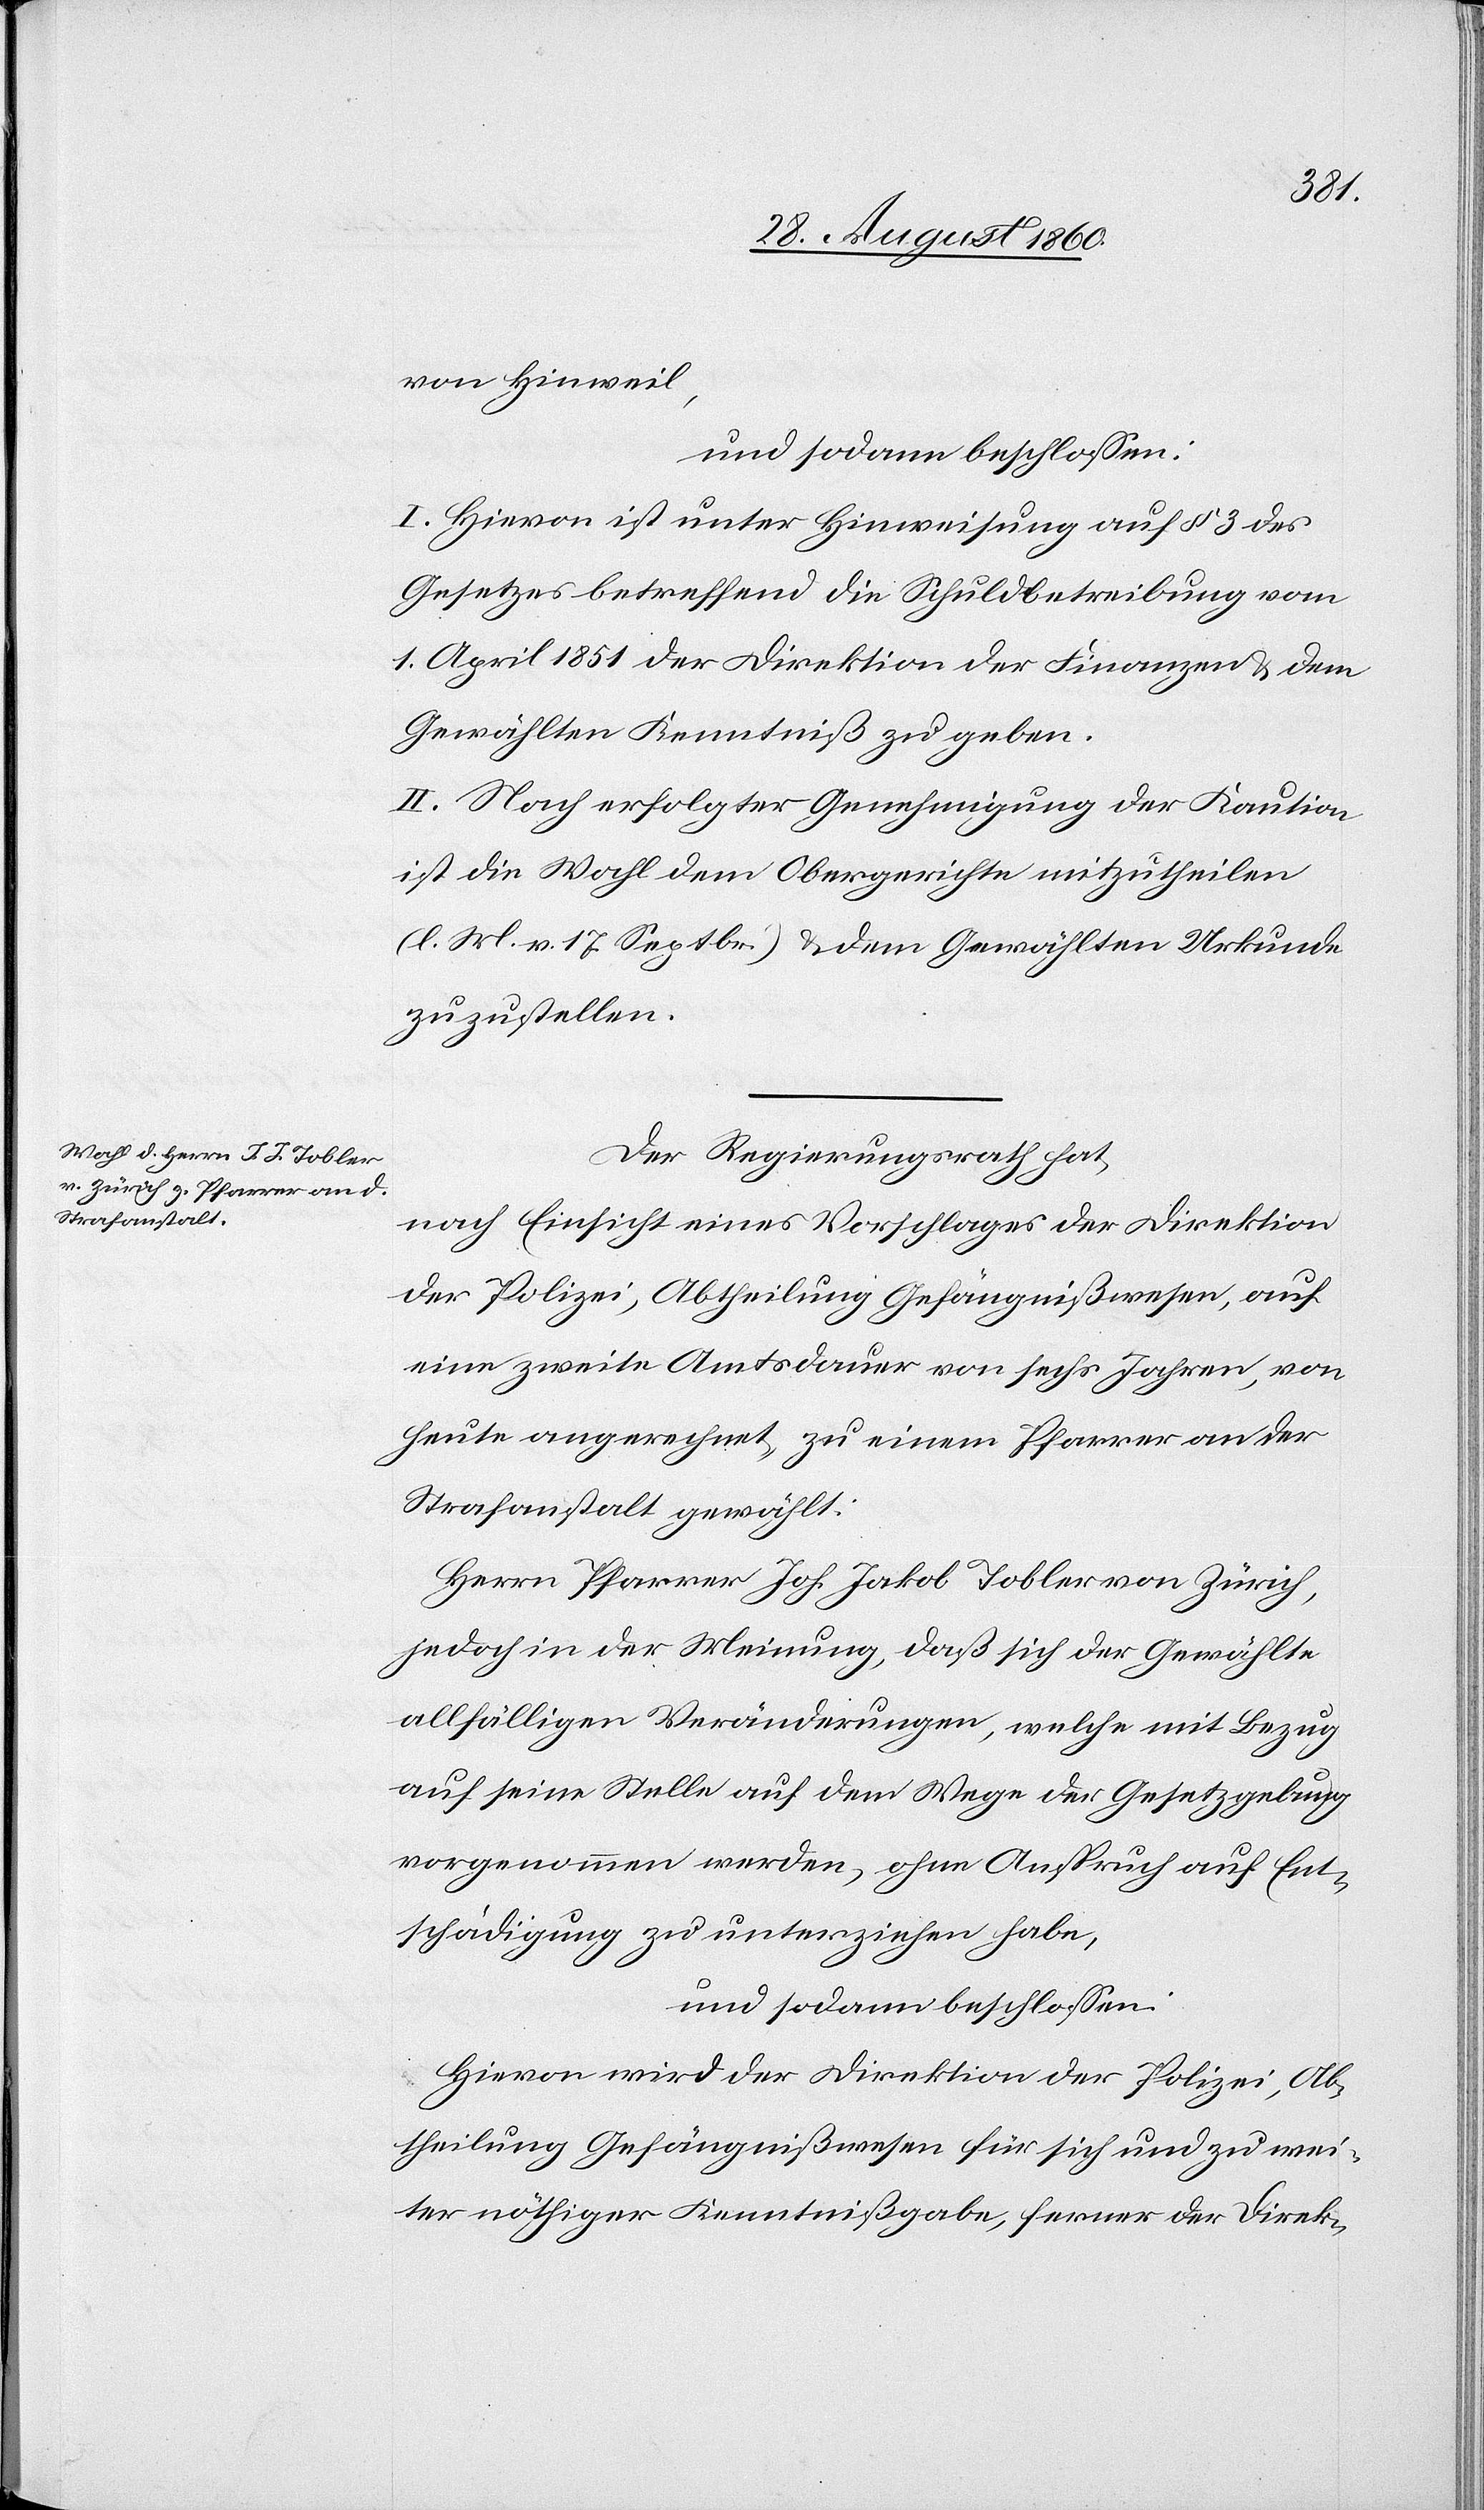
von Hinweil.
und sodann beschlossen:
I. Hievon ist unter Hinweisung auf §. 3 des
Gesetzes betreffend die Schuldbetreibung vom
1. April 1851 der Direktion der Finanzen u. dem
Gewählten Kenntniss zu geben.
II. Nach erfolgter Genehmigung der Kaution
ist die Wahl dem Obergerichte mitzutheilen
(l. M. v. 17. Septbr.) und dem Gewählten Urkunde
zuzustellen.
Der Regierungsrath hat,
nach Einsicht eines Vorschlages der Direktion
der Polizei, Abtheilung Gefängnisswesen, auf
eine zweite Amtsdauer von sechs Jahren, von
heute an gerechnet, zu einem Pfarrer an der
Strafanstalt gewählt:
Herrn Pfarrer Joh. Jakob Tobler von Zürich,
jedoch in der Meinung, dass sich der Gewählte
allfälligen Veränderungen, welche mit Bezug
auf seine Stelle auf dem Wege der Gesetzgebung
vorgenommen werden, ohne Anspruch auf Ent¬
schädigung zu unterziehen habe,
und sodann beschlossen:
Hievon wird der Direktion der Polizei, Ab¬
theilung Gefängnisswesen für sich und zu wei¬
ter nöthiger Kenntnissgabe, ferner der Direk-